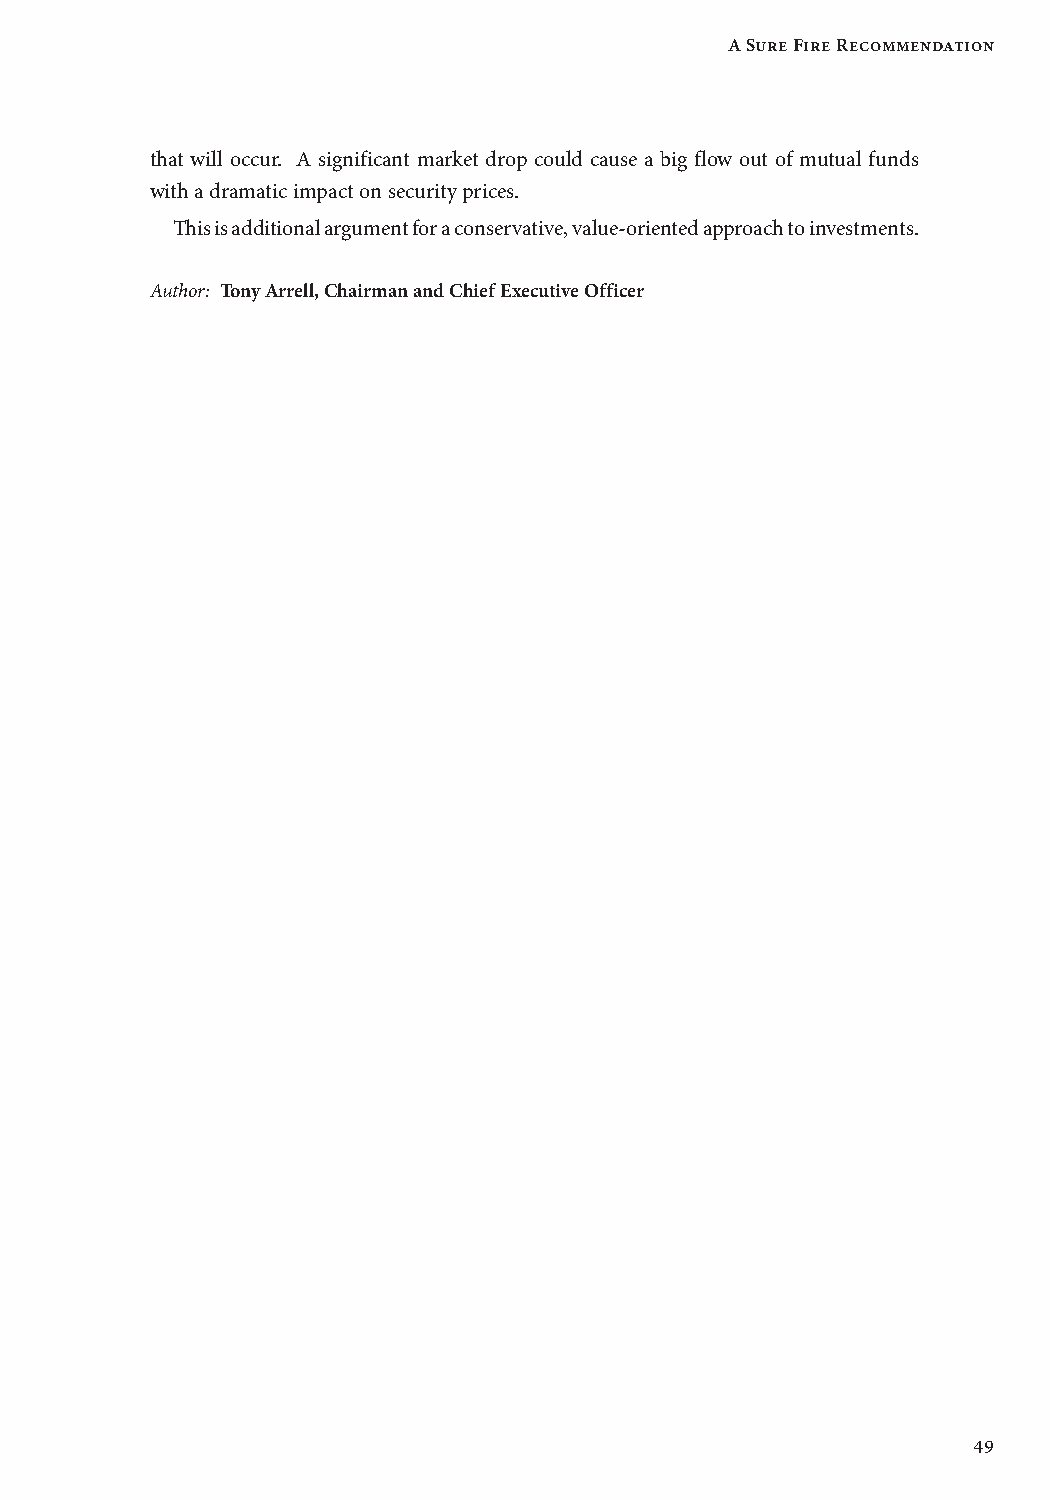
A Sure Fire Recommendation
 that will occur. A significant market drop could cause a big flow out of mutual funds
 with a dramatic impact on security prices.
 This is additional argument for a conservative, value-oriented approach to investments.
 Author: Tony Arrell, Chairman and Chief Executive Officer
 49